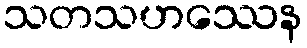
သတသဟဿေန